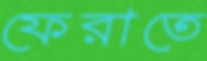
ফেরাতে